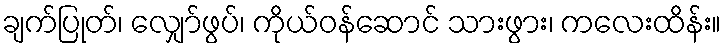
ချက်ပြုတ်၊ လျှော်ဖွပ်၊ ကိုယ်ဝန်ဆောင် သားဖွား၊ ကလေးထိန်း။